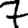
Digit: 7